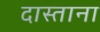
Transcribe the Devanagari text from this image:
दास्ताना